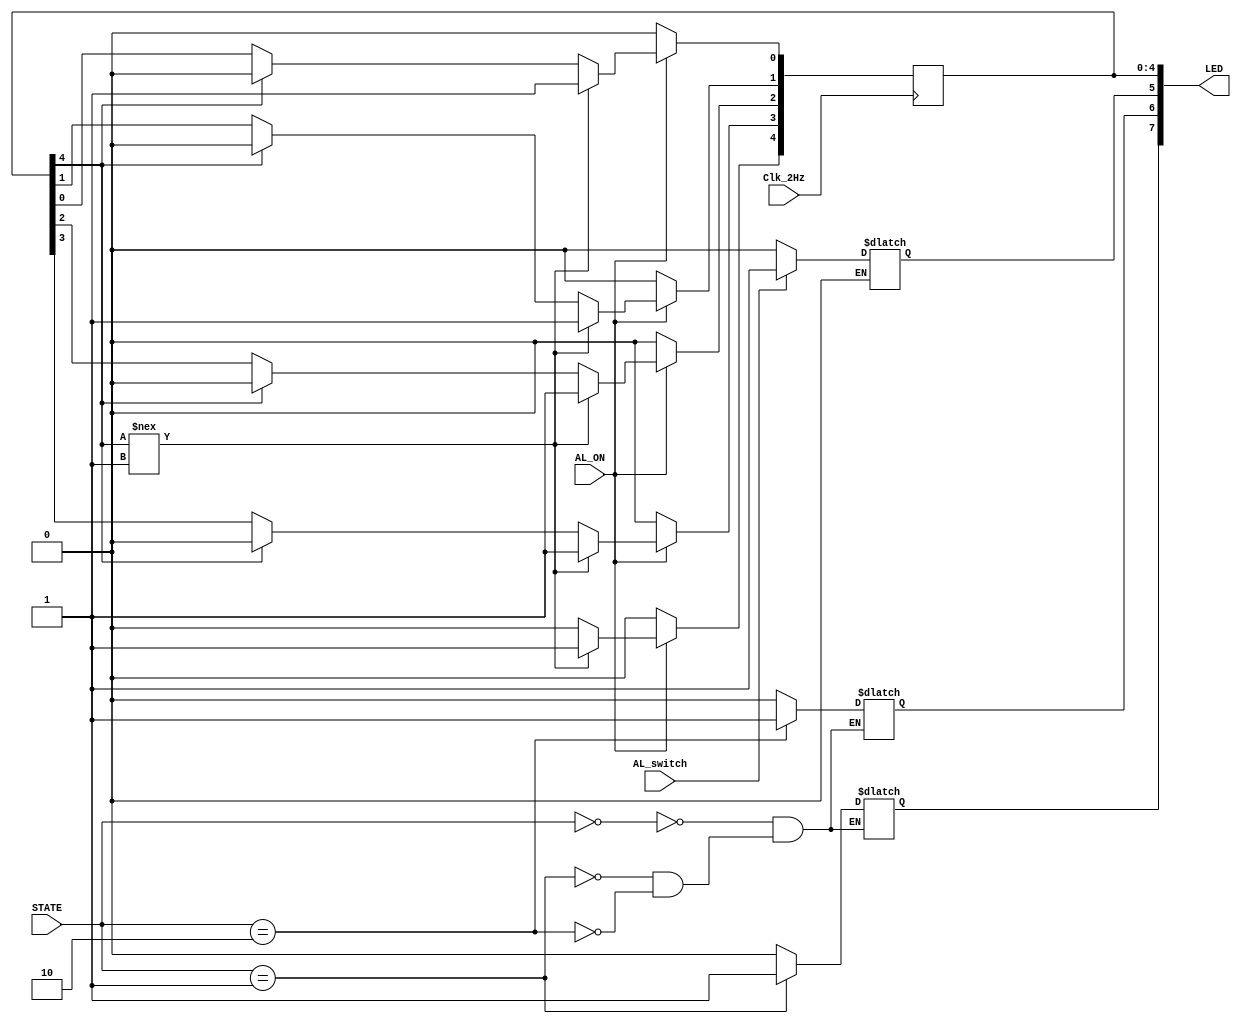
module LEDdriver(
input wire [1:0] STATE,
input wire AL_ON,	//from state machine 
input wire Clk_2Hz,
input wire AL_switch,
output reg [7:0] LED
);

always@(*)
begin
  case(STATE[1:0])
    2'b00:  begin 
		LED[7] <= 1'b0;
		LED[6] <= 1'b0;  //state '0'
	   end
    2'b01:  begin
		LED[7] <= 1'b1;
		LED[6] <= 1'b0;  //state '1'
	   end
    2'b10:  begin
		LED[7] <= 1'b0;
		LED[6] <= 1'b1;  //state '2'
	   end
  endcase
  if(AL_switch == 1'b0)
    LED[5] <= 1'b0;
  else if(AL_switch == 1'b1)
    LED[5] <= 1'b1;
end

      
always@(posedge Clk_2Hz)     
begin 
  if(AL_ON == 1'b1)
  begin
    if(LED[4] !== 1'b1)
      begin
        LED[4] <= 1'b1;
	LED[3] <= 1'b1;
  	LED[2] <= 1'b1;
	LED[1] <= 1'b1;
	LED[0] <= 1'b1;
      end
  
     else if(LED[4] == 1'b1)
      begin
        LED[4] <= 1'b0;
	LED[3] <= 1'b0;
        LED[2] <= 1'b0;
	LED[1] <= 1'b0;
	LED[0] <= 1'b0;    
      end
  end
  else if(AL_ON == 1'b0)
    begin
      LED[4] <= 1'b0;
      LED[3] <= 1'b0;
      LED[2] <= 1'b0;
      LED[1] <= 1'b0;
      LED[0] <= 1'b0; 
    end
end
endmodule